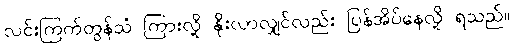
လင်းကြက်တွန်သံ ကြားလို့ နိုးလာလျှင်လည်း ပြန်အိပ်နေလို့ ရသည်။